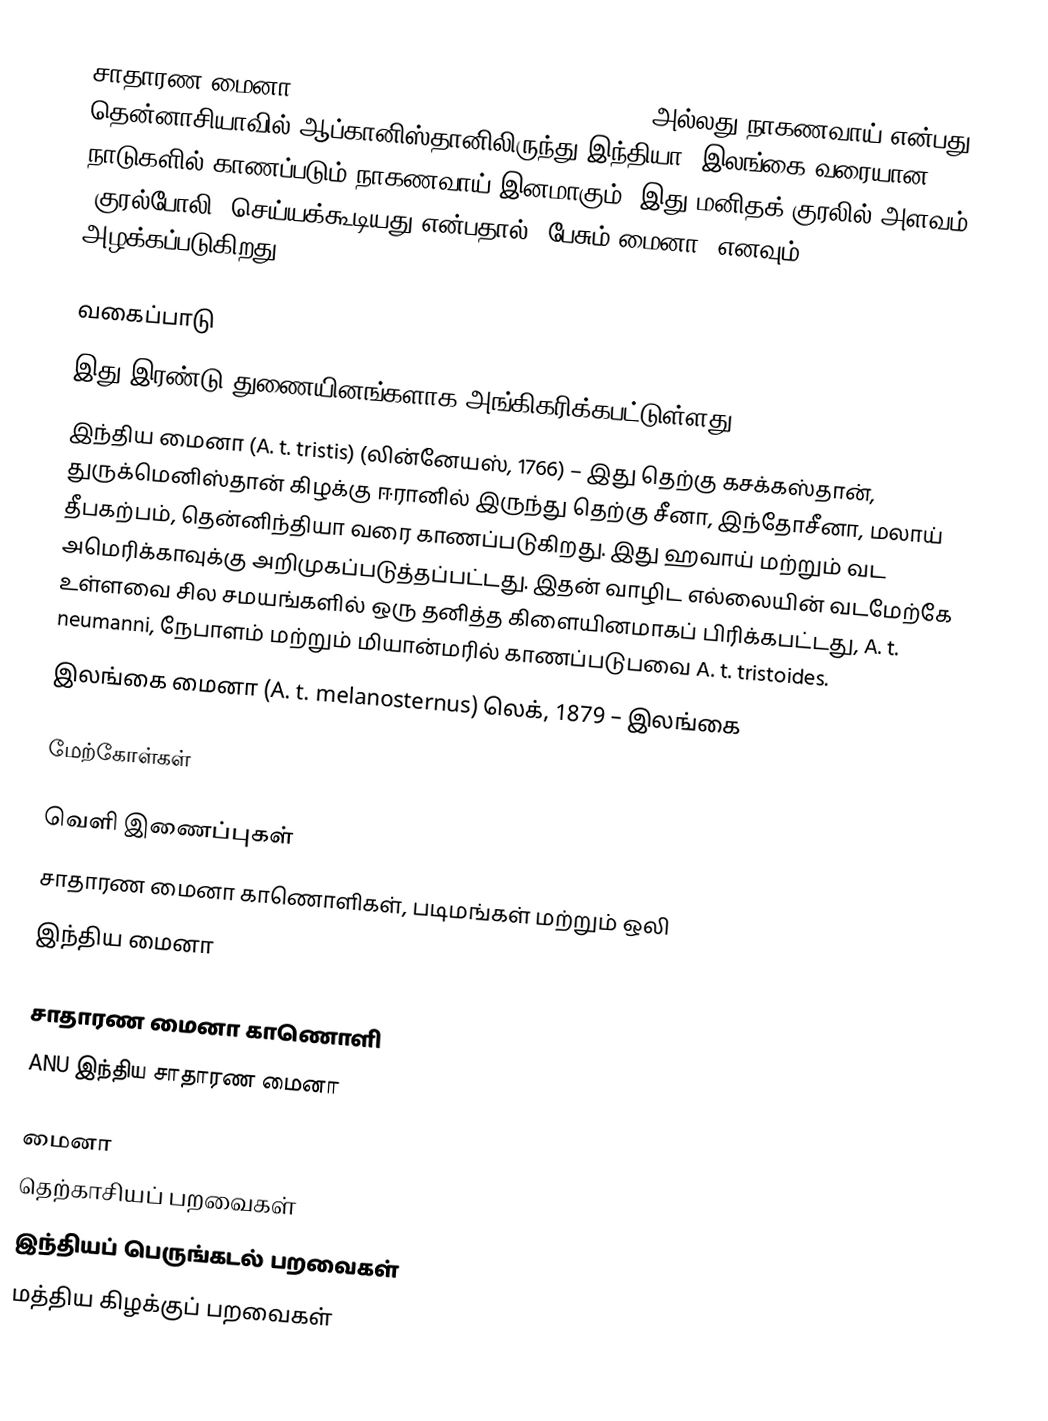
சாதாரண மைனா [Common myna (Acridotheres tristis)] அல்லது நாகணவாய் என்பது தென்னாசியாவில் ஆப்கானிஸ்தானிலிருந்து இந்தியா, இலங்கை வரையான நாடுகளில் காணப்படும் நாகணவாய் இனமாகும். இது மனிதக் குரலில் அளவம் (குரல்போலி) செய்யக்கூடியது என்பதால் 'பேசும் மைனா' எனவும் அழக்கப்படுகிறது.

வகைப்பாடு
இது இரண்டு துணையினங்களாக அங்கிகரிக்கபட்டுள்ளது:
 இந்திய மைனா (A. t. tristis) (லின்னேயஸ், 1766) – இது தெற்கு கசக்கஸ்தான், துருக்மெனிஸ்தான் கிழக்கு ஈரானில் இருந்து தெற்கு சீனா, இந்தோசீனா,  மலாய் தீபகற்பம், தென்னிந்தியா வரை காணப்படுகிறது. இது ஹவாய் மற்றும் வட அமெரிக்காவுக்கு அறிமுகப்படுத்தப்பட்டது. இதன் வாழிட எல்லையின் வடமேற்கே உள்ளவை சில சமயங்களில் ஒரு தனித்த கிளையினமாகப் பிரிக்கபட்டது, A. t. neumanni, நேபாளம் மற்றும் மியான்மரில் காணப்படுபவை   A. t. tristoides.
 இலங்கை மைனா (A. t. melanosternus) லெக், 1879 – இலங்கை

மேற்கோள்கள்

வெளி இணைப்புகள்
 சாதாரண மைனா காணொளிகள், படிமங்கள் மற்றும் ஒலி
இந்திய மைனா

சாதாரண மைனா காணொளி
 ANU இந்திய சாதாரண மைனா

மைனா
தெற்காசியப் பறவைகள்
இந்தியப் பெருங்கடல் பறவைகள்
மத்திய கிழக்குப் பறவைகள்